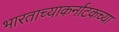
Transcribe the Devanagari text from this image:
भारताच्याकर्नाटकच्या